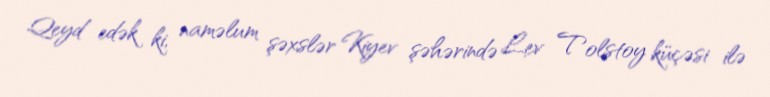
Qeyd edək ki, naməlum şəxslər Kiyev şəhərində Lev Tolstoy küçəsi ilə